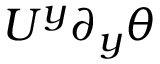
U ^ { y } \partial _ { y } \theta